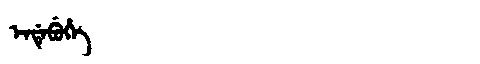
Manchu: ᡝᠨᡩᡝᠪᡠᡥᡝ
Romanization: ENDEBUHE